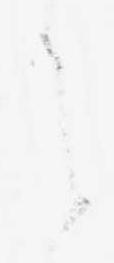
之